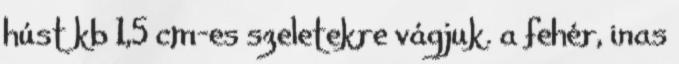
húst kb 1,5 cm-es szeletekre vágjuk. a fehér, inas